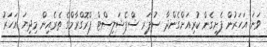
ވަނަ އަހަރުން ފެށިގެން ކުރިއަށްގެންދާ ސުޕަރ ސްޕެޝަލިސްޓް ޕްރޮގްރާމްގެ ތެރެއިން މިދިޔަ އަހަރު